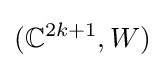
(\mathbb {C} ^{2k+1},W)